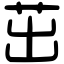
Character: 茁